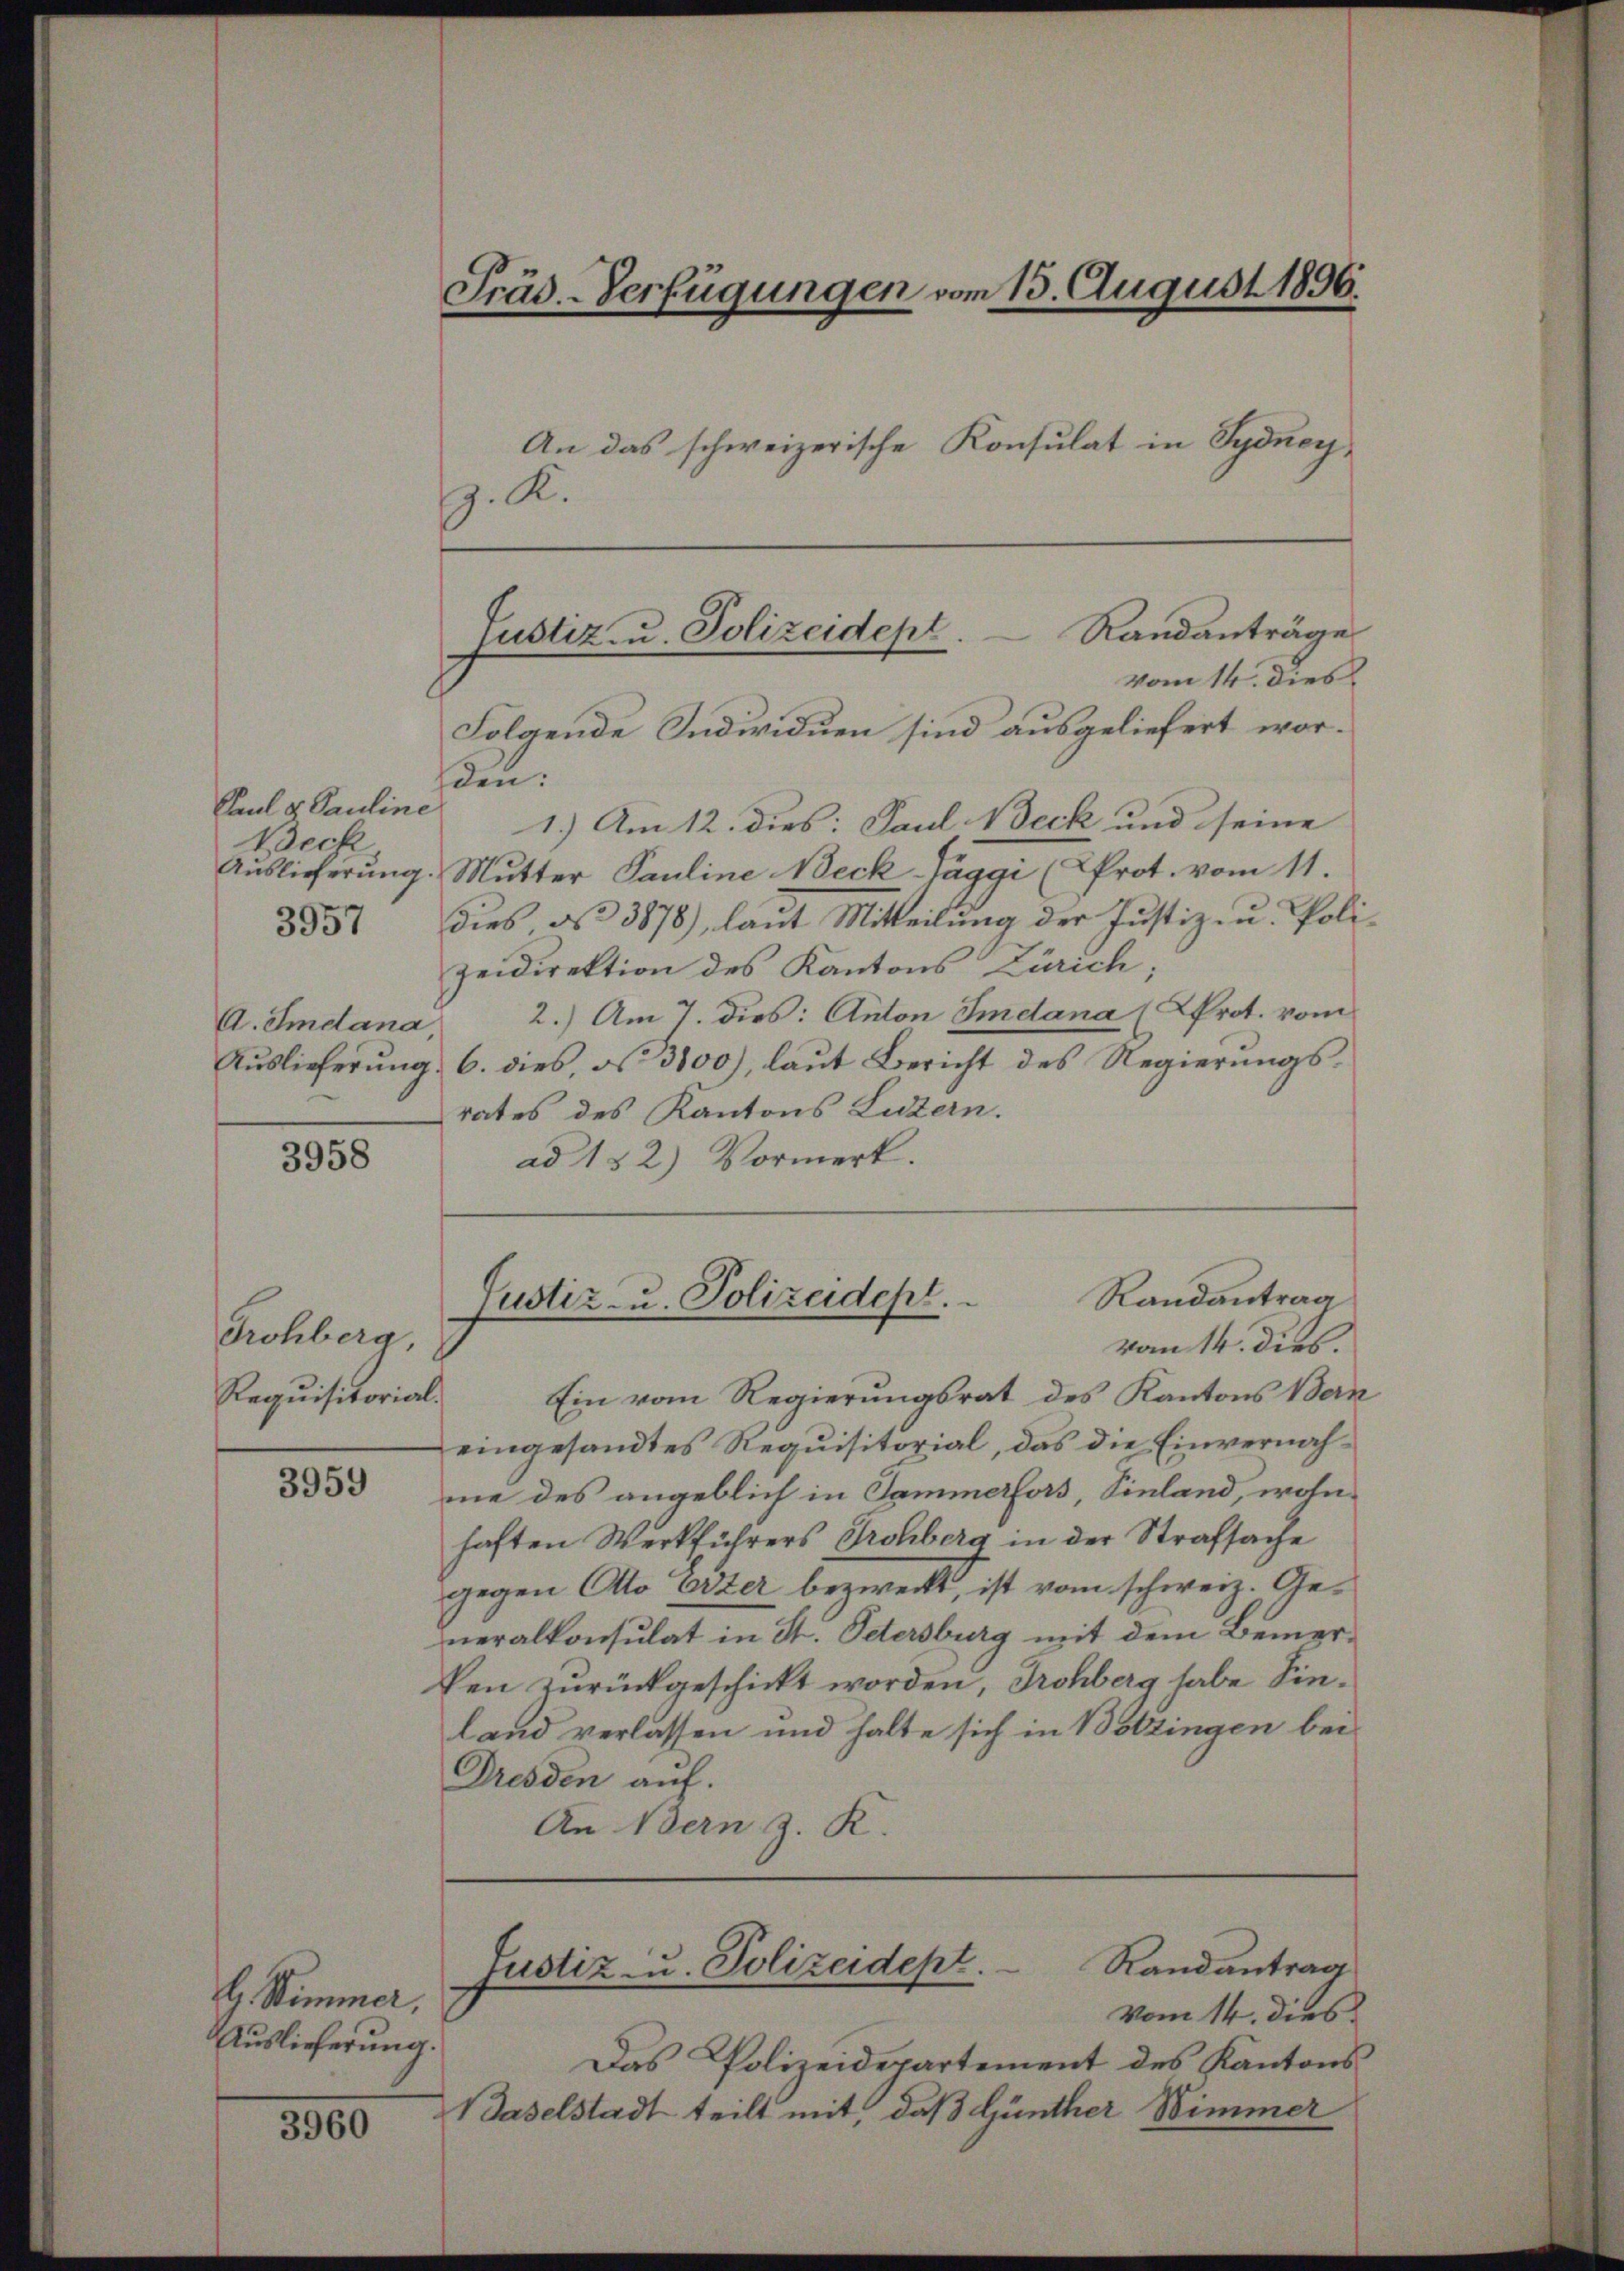
Paul u. Pauline
Beck
3957
A. Imdana

3958

Frohbera
Requisitorial.

3959

L. Stimmer,
Auslieferung.

3960

Präd-Verfügungen vom 13. August 1896.
An das schweizerische Konsulat in Sydney,
. K.

sen:
1.) Am 12. dies: Paul Neck und seine
Auslieferung. Mutter Pauline Beck Paggi (Prot. vom 11.
dies, d. 3878), laut Mitteilung der Justiz- u. Polizeidirektion des Kantons Zürich;
2.) Am 7. dies: Anton Imdana (Prot. vom
Aŭslieferŭng 6. dies, d. 3100), laŭt Bericht des Regierŭngs-
rates des Kantons Luzern.
ad 132) Vormerk.

Justiz- u. Polizeidept. Randanträge
vom 14. dies
Folgende Individuen sind ausgeliefert wor¬

Ein vom Regierungsrat des Kantons Bern
eingesandtes Requisitorial, das die Einvernahme des angeblich in Sammerfors, Einland, wohnhaften Werkführers Trohberg in der Strafsache
gegen Otto Ezer bezweckt, ist vom schweiz. Generalkonsulat in St. Petersburg mit dem Bemerken zurückgeschickt worden, Trohberg habe Sinland verlassen und halte sich in Botzingen bei
Dresden auf.
An Bern z. K.

Randantrag
Justiz- u. Polizeidept.
vom 14. dies.

Justiz- u. Polizeidept. Randantrag
vom 14. dies

Das Polizeidepartement des Kantons
Baselstadt teilt mit, daß Günther Wimmer